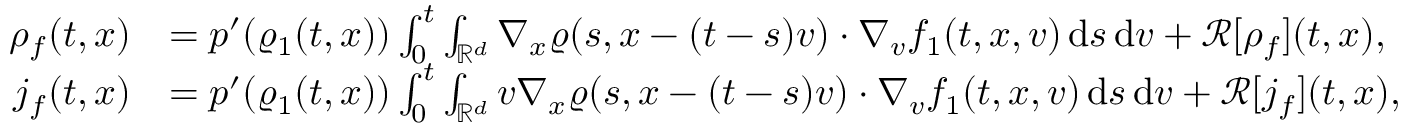
\begin{array} { r l } { \rho _ { f } ( t , x ) } & { = p ^ { \prime } ( \varrho _ { 1 } ( t , x ) ) \int _ { 0 } ^ { t } \int _ { \mathbb R ^ { d } } \nabla _ { x } \varrho ( s , x - ( t - s ) v ) \cdot \nabla _ { v } f _ { 1 } ( t , x , v ) \, \mathrm { d } s \, \mathrm { d } v + \mathcal { R } [ \rho _ { f } ] ( t , x ) , } \\ { j _ { f } ( t , x ) } & { = p ^ { \prime } ( \varrho _ { 1 } ( t , x ) ) \int _ { 0 } ^ { t } \int _ { \mathbb R ^ { d } } v \nabla _ { x } \varrho ( s , x - ( t - s ) v ) \cdot \nabla _ { v } f _ { 1 } ( t , x , v ) \, \mathrm { d } s \, \mathrm { d } v + \mathcal { R } [ j _ { f } ] ( t , x ) , } \end{array}